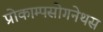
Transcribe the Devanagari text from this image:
प्रोकाम्‍पसोगनेथस